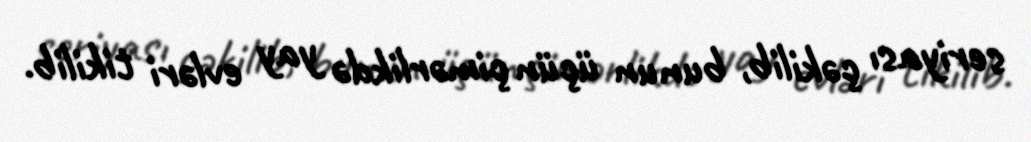
seriyası çəkilib, bunun üçün çimərlikdə yay evləri tikilib.